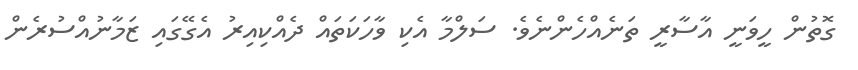
ގޮތުން ހީވަނީ އާސާރީ ތަނެއްހެންނެވެ. ސަލްމާ އެކި ވާހަކަތައް ދެއްކިއިރު އެގޭގައި ޒަމާނުއްސުރެން